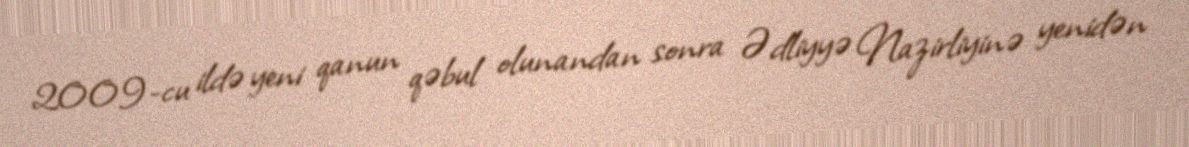
2009-cu ildə yeni qanun qəbul olunandan sonra Ədliyyə Nazirliyinə yenidən